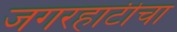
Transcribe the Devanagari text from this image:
जगरहाटीचा